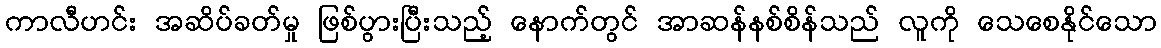
ကာလီဟင်း အဆိပ်ခတ်မှု ဖြစ်ပွားပြီးသည့် နောက်တွင် အာဆန်နစ်စိန်သည် လူကို သေစေနိုင်သော